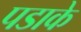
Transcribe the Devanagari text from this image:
पडाके